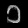
Digit: ၁